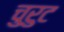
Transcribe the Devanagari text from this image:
चुरुट